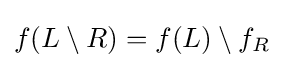
f(L\setminus R)=f(L)\setminus f_{R}